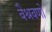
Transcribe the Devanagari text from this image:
वैश्रवणो